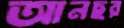
আনছর